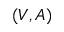
( V , A )